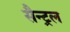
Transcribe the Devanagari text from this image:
सैन्ट्रल